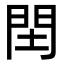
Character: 䦌